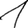
Digit: 1